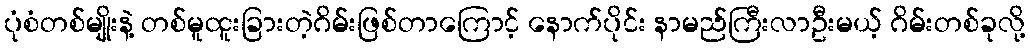
ပုံစံတစ်မျိုးနဲ့ တစ်မူထူးခြားတဲ့ဂိမ်းဖြစ်တာကြောင့် နောက်ပိုင်း နာမည်ကြီးလာဦးမယ့် ဂိမ်းတစ်ခုလို့